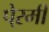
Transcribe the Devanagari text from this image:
पे्रमी